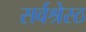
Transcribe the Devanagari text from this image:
सर्वश्रेस्ठ